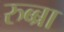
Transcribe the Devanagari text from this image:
रुब्ब्रा